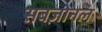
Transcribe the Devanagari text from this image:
सबज़ोनल